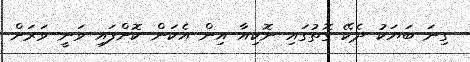
ގިނަ ބަޔަކު ދެކޭ ގޮތުގައި ނޮކިއާ އިން އެކަން ކޮށްފައި ވަނީ ވަރަށް